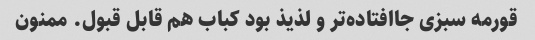
قورمه سبزی جاافتاده‌تر و لذیذ بود کباب هم قابل قبول. ممنون